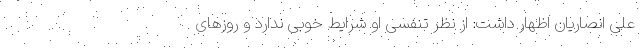
علی انصاریان اظهار داشت: از نظر تنفسی او شرایط خوبی ندارد و روزهای